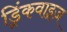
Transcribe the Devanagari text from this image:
ड्रिंकवाइज़